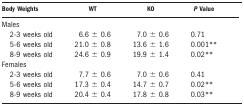
<table><thead><tr><td><b>Body Weights</b></td><td><b>WT</b></td><td><b>KO</b></td><td><b><i>P</i> Value</b></td></tr></thead><tbody><tr><td>Males</td><td></td><td></td><td></td></tr><tr><td> 2-3 weeks old</td><td>6.6 ± 0.6</td><td>7.0 ± 0.6</td><td>0.71</td></tr><tr><td> 5-6 weeks old</td><td>21.0 ± 0.8</td><td>13.6 ± 1.6</td><td>0.001**</td></tr><tr><td> 8-9 weeks old</td><td>24.6 ± 0.9</td><td>19.9 ± 1.4</td><td>0.02**</td></tr><tr><td>Females</td><td></td><td></td><td></td></tr><tr><td> 2-3 weeks old</td><td>7.7 ± 0.6</td><td>7.0 ± 0.6</td><td>0.41</td></tr><tr><td> 5-6 weeks old</td><td>17.3 ± 0.4</td><td>14.7 ± 0.7</td><td>0.02**</td></tr><tr><td> 8-9 weeks old</td><td>20.4 ± 0.4</td><td>17.8 ± 0.8</td><td>0.03**</td></tr></tbody></table>